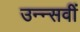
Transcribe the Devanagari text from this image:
उन्न्सवीं